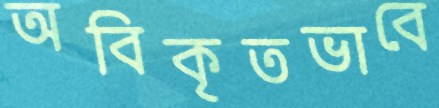
অবিকৃতভাবে